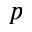
p